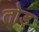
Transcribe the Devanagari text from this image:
तोड़्